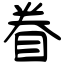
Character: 眷